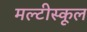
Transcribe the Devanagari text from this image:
मल्टीस्कूल